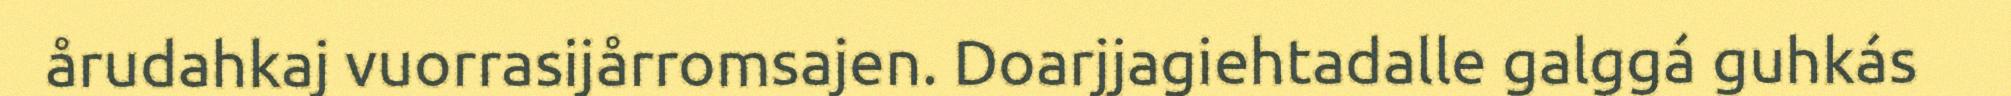
årudahkaj vuorrasijårromsajen. Doarjjagiehtadalle galggá guhkás